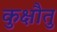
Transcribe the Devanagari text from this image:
कुक्षौतु